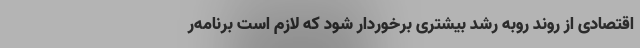
اقتصادی از روند روبه رشد بیشتری برخوردار شود که لازم است برنامه‌ر